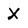
Character: X